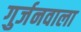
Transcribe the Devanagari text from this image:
गुर्जनवाला